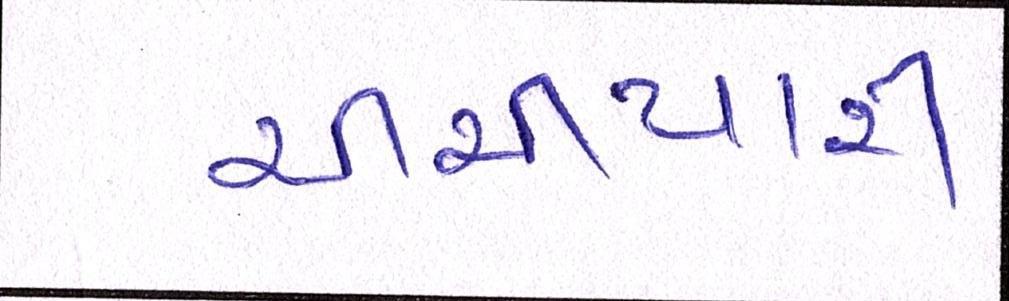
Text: ચીચીયારી